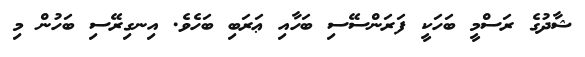
ޝާދުގެ ރަސްމީ ބަހަކީ ފަރަންސޭސި ބަހާއި ޢަރަބި ބަހެވެ. އިނގިރޭސި ބަހުން މި